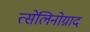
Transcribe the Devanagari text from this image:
त्सेलिनोग्राद